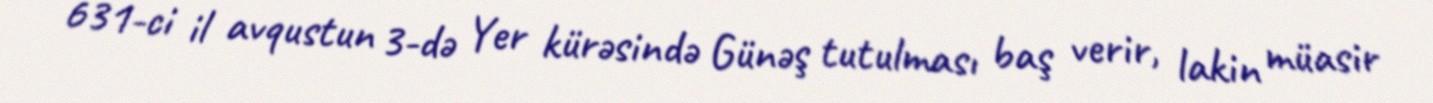
631-ci il avqustun 3-də Yer kürəsində Günəş tutulması baş verir, lakin müasir